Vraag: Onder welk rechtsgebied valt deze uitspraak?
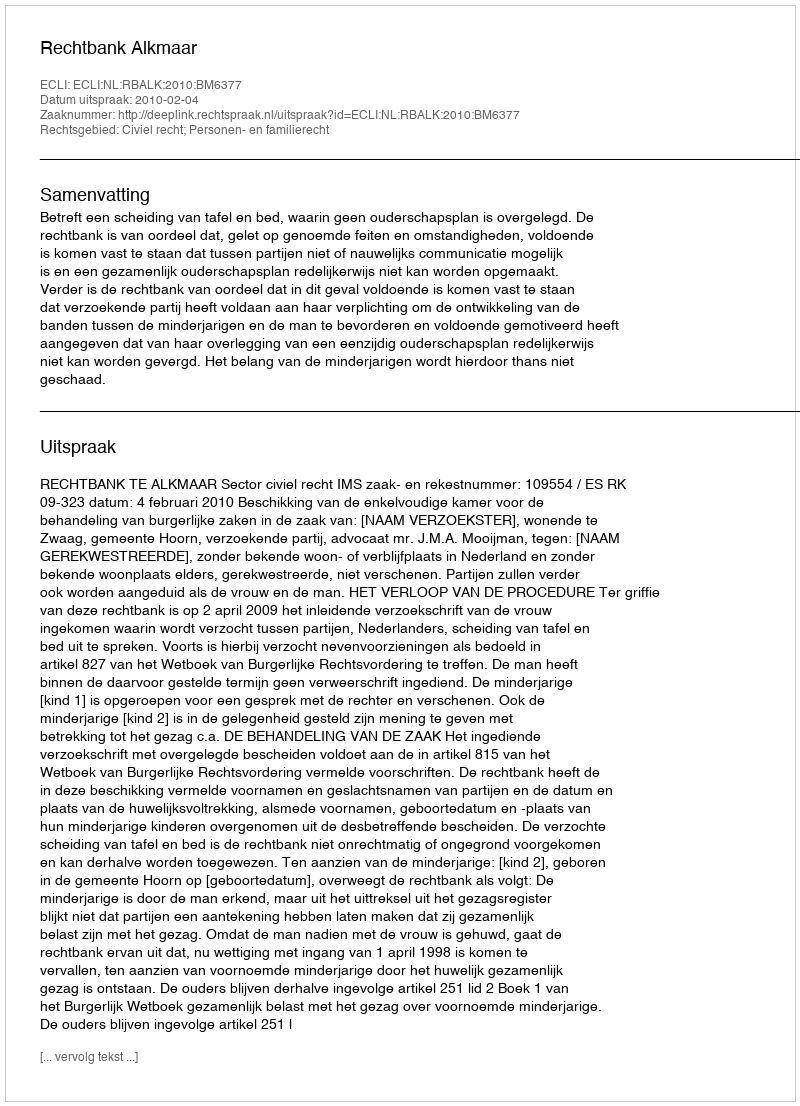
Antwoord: Civiel recht; Personen- en familierecht